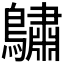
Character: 𪆭